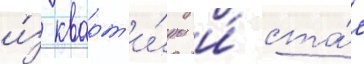
и́з кварт'и́ры и́ ста́л